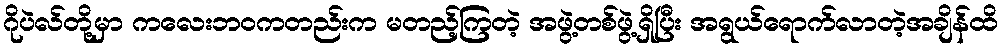
ဂိုပဲလ်တို့မှာ ကလေးဘဝကတည်းက မတည့်ကြတဲ့ အဖွဲ့တစ်ဖွဲ့ရှိပြီး အရွယ်ရောက်လာတဲ့အချိန်ထိ